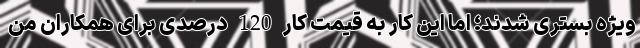
ویژه بستری شدند؛ اما این کار به قیمت کار 120 درصدی برای همکاران من